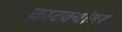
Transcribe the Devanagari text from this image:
काटक्यांवर